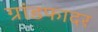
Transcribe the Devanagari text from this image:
ग्रांडफादर